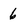
Character: 6